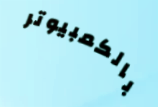
بالكمبيوتر